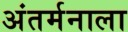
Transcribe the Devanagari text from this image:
अंतर्मनाला